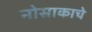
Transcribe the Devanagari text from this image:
नोसाकाचे